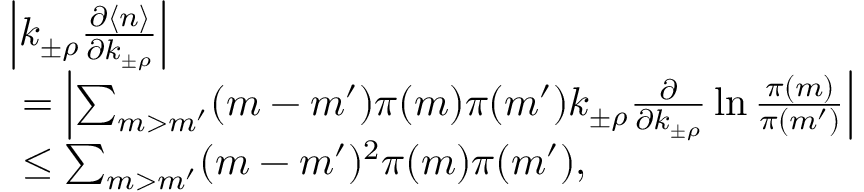
\begin{array} { r l } & { \left| k _ { \pm \rho } \frac { \partial \langle n \rangle } { \partial k _ { \pm \rho } } \right| } \\ & { \ = \left| \sum _ { m > m ^ { \prime } } ( m - m ^ { \prime } ) \pi ( m ) \pi ( m ^ { \prime } ) k _ { \pm \rho } \frac { \partial } { \partial k _ { \pm \rho } } \ln \frac { \pi ( m ) } { \pi ( m ^ { \prime } ) } \right| } \\ & { \ \le \sum _ { m > m ^ { \prime } } ( m - m ^ { \prime } ) ^ { 2 } \pi ( m ) \pi ( m ^ { \prime } ) , } \end{array}